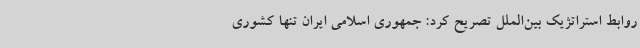
روابط استراتژیک بین‌الملل تصریح کرد: جمهوری اسلامی ایران تنها کشوری